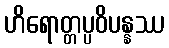
ဟိရောတ္တပ္ပဝိပန္နဿ